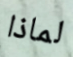
لماذا